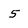
Character: 5